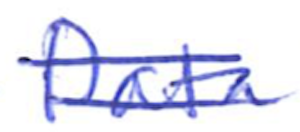
Text: Data
Cross-out: double-line
Writing tool: ballpoint